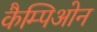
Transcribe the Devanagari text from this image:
कैम्पिओन